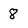
Character: 8